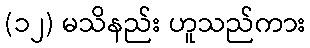
(၁၂) မသိနည်း ဟူသည်ကား